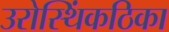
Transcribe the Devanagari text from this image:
उरोस्थिंकठिका